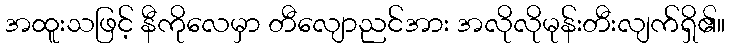
အထူးသဖြင့် နီကိုလေမှာ တီလျောညင်အား အလိုလိုမုန်းတီးလျက်ရှိ၏။